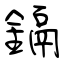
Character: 鎘